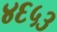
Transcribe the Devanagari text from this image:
४६५३